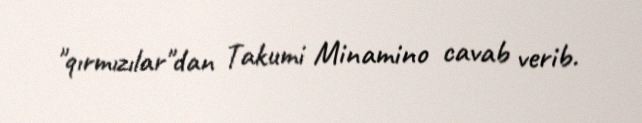
"qırmızılar"dan Takumi Minamino cavab verib.